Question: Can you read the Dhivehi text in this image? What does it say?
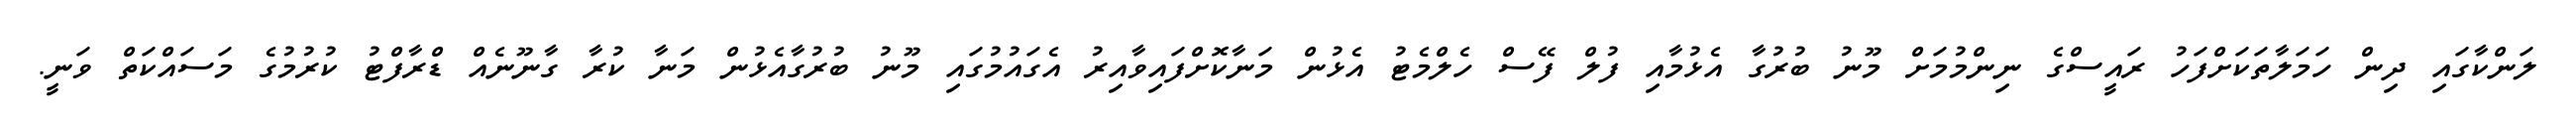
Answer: ލަންކާގައި ދިން ހަމަލާތަކަށްފަހު ރައީސްގެ ނިންމުމަށް މޫނު ބުރުގާ އެޅުމާއި ފުލް ފޭސް ހެލްމެޓު އެޅުން މަނާކޮށްފައިވާއިރު އެގައުމުގައި މޫނު ބުރުގާއެޅުން މަނާ ކުރާ ގާނޫނެއް ޑްރާފްޓު ކުރުމުގެ މަސައްކަތް ވަނީ.